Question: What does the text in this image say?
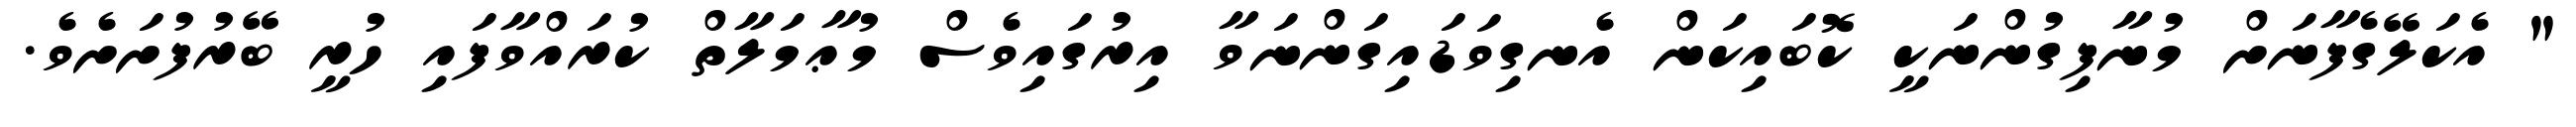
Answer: " އެކަލޭގެފާނަށް މުނާފިގުންނަކީ ކޮބައިކަން އެނގިވަޑައިގަންނަވާ އިރުގައިވެސް މުޢާމަލާތް ކުރައްވާފައި ހުރީ ބޭރުފުށަށެވެ.